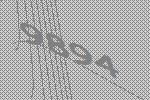
9894